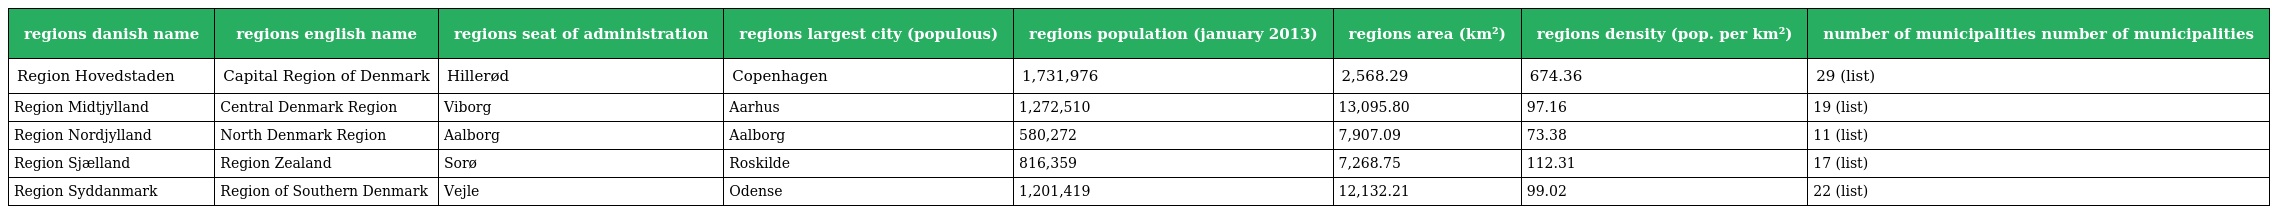
| regions danish name | regions english name | regions seat of administration | regions largest city (populous) | regions population (january 2013) | regions area (km²) | regions density (pop. per km²) | number of municipalities number of municipalities |
 | --- | --- | --- | --- | --- | --- | --- | --- |
 | Region Hovedstaden | Capital Region of Denmark | Hillerød | Copenhagen | 1,731,976 | 2,568.29 | 674.36 | 29 (list) |
 | Region Midtjylland | Central Denmark Region | Viborg | Aarhus | 1,272,510 | 13,095.80 | 97.16 | 19 (list) |
 | Region Nordjylland | North Denmark Region | Aalborg | Aalborg | 580,272 | 7,907.09 | 73.38 | 11 (list) |
 | Region Sjælland | Region Zealand | Sorø | Roskilde | 816,359 | 7,268.75 | 112.31 | 17 (list) |
 | Region Syddanmark | Region of Southern Denmark | Vejle | Odense | 1,201,419 | 12,132.21 | 99.02 | 22 (list) |